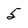
Character: 5